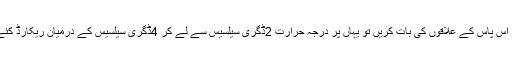
چنڈی گڑھ اور آس پاس کے علاقوں کی بات کریں تو یہاں پر درجہ حرارت 2ڈگری سیلسیس سے لے کر 4ڈگری سیلسیس کے درمیان ریکارڈ کئے جا رہے ہیں۔